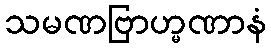
သမဏဗြာဟ္မဏာနံ